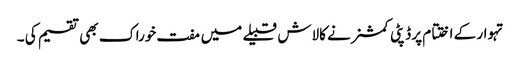
تہوار کے اختتام پر ڈپٹی کمشنر نے کالاش قبیلے میں مفت خوراک بھی تقسیم کی ۔